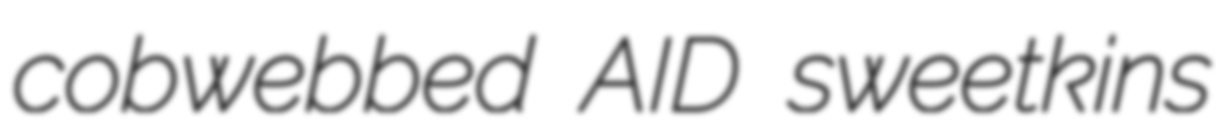
cobwebbed AID sweetkins